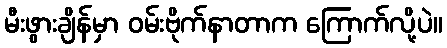
မီးဖွားချိန်မှာ ဝမ်းဗိုက်နာတာက ကြောက်လို့ပဲ။